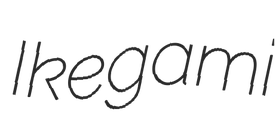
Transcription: Ikegami